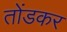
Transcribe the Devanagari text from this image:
तोंडकर